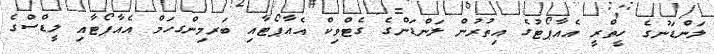
ލަންޑަނުގެ ހީތްރީ އެއާޕޯޓުގެ އިތުރުން ލަންޑަންގެ ގެޓްވިކް އެއާޕޯޓާއި ބަރމިންގހަމް އެއާޕޯޓާއި ލީޑްސްގެ